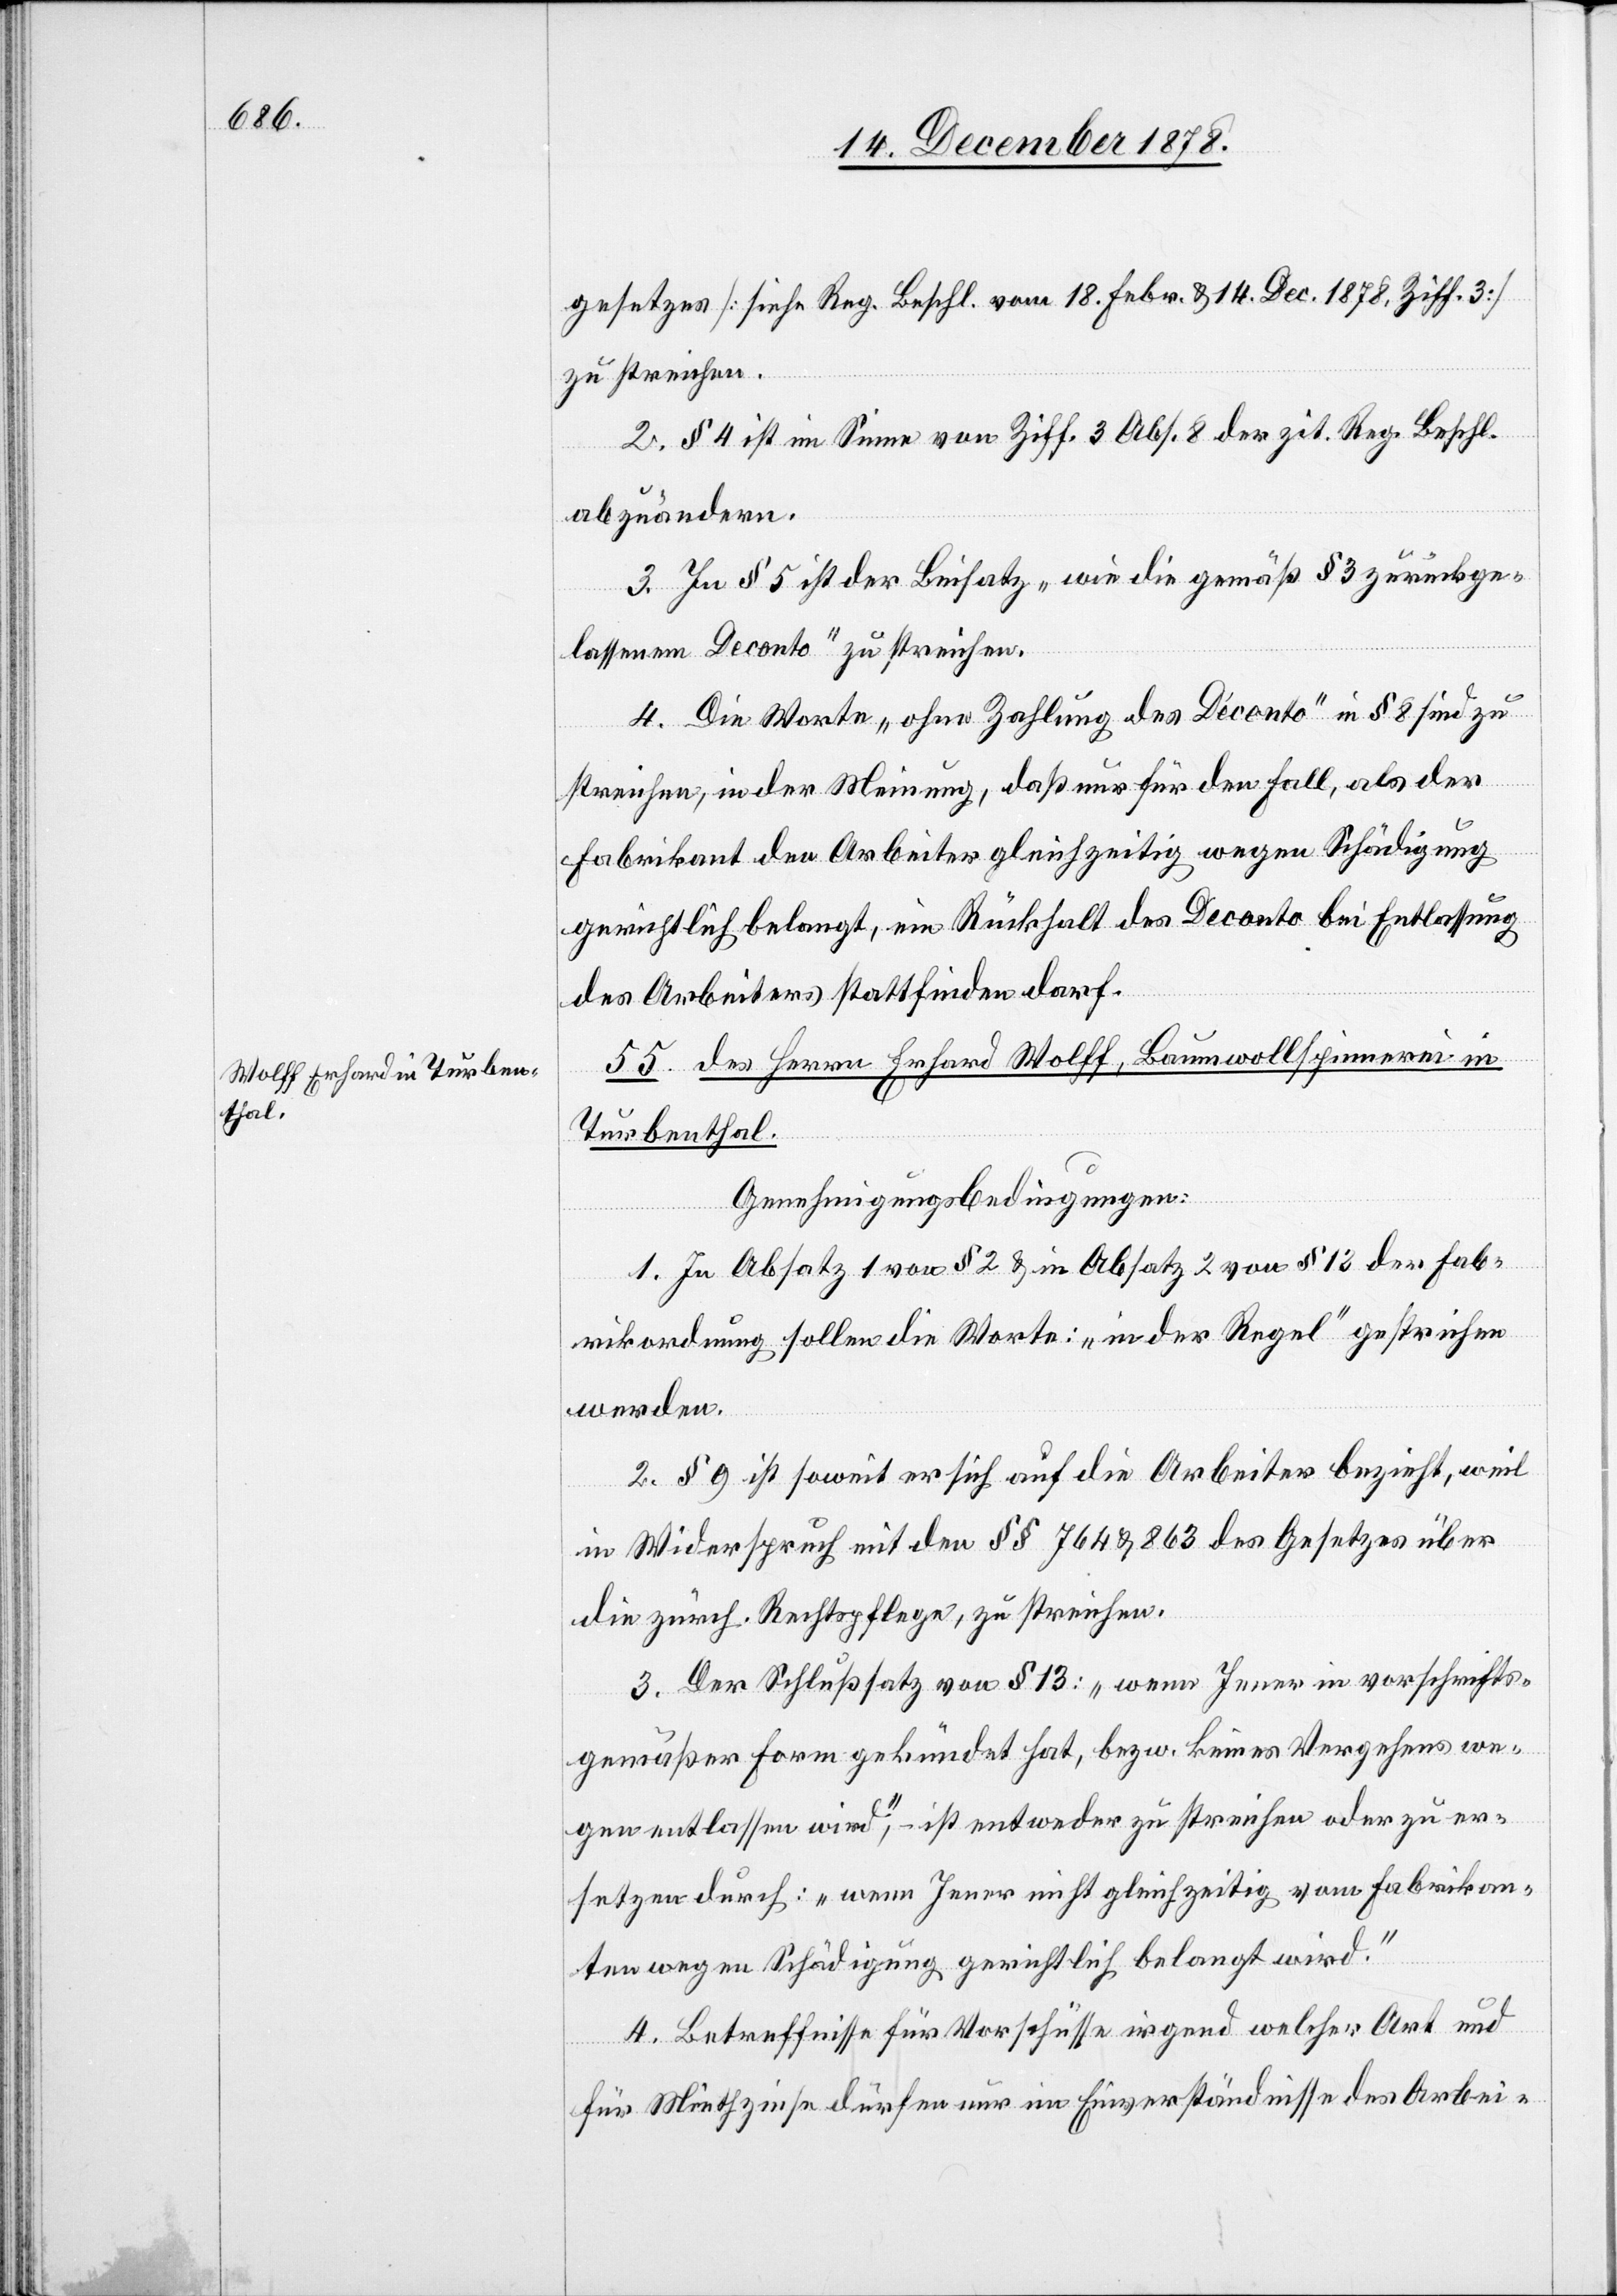
gesetzes [siehe Reg. Beschl. vom 18. Febr. & 14. Dec. 1878 Ziff. 3]
zu streichen.
2. § 4 ist im Sinne von Ziff. 3 Abs. 8 der zit. Reg. Beschl.
abzuändern.
3. In § 5 ist der Beisatz „wie die gemäß § 3 zurückge¬
lassene Deconto“ zu streichen.
4. Die Worte „ohne Zahlung des Déconto“ in § 8 sind zu
streichen, in der Meinung, daß nur für den Fall, als der
Fabrikant den Arbeiter gleichzeitig wegen Schädigung
gerichtlich belangt, ein Rückhalt des Deconto bei Entlassung
des Arbeiters stattfinden darf.
55. des Herren Erhard Wolff, Baumwollspinnerei in
Turbenthal.
Genehmigungsbedingungen:
1. In Absatz 1 von § 2 & in Absatz 2 von § 12 der Fab¬
rikordnung sollen die Worte: „in der Regel“ gestrichen
werden.
2. § 9 ist soweit er sich auf die Arbeiter bezieht, weil
im Widerspruch mit den §§ 764 & 863 des Gesetzes über
die zürch. Rechtspflege, zu streichen.
3. Der Schlußsatz von § 13: „wenn Jener in vorschrifts¬
gemäßer Form gekündet hat, bezw. keines Vergehens we¬
gen entlassen wird“, ist entweder zu streichen oder zu er¬
setzen durch: „wenn Jener nicht gleichzeitig vom Fabrikan¬
ten wegen Schädigung gerichtlich belangt wird.“
4. Betreffnisse für Vorschüsse irgend welcher Art und
für Miethzinse dürfen nur im Einverständnisse des Arbei-